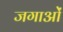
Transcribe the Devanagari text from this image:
जगाओं